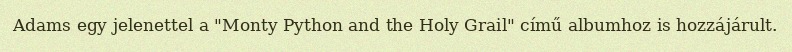
Adams egy jelenettel a "Monty Python and the Holy Grail" című albumhoz is hozzájárult.